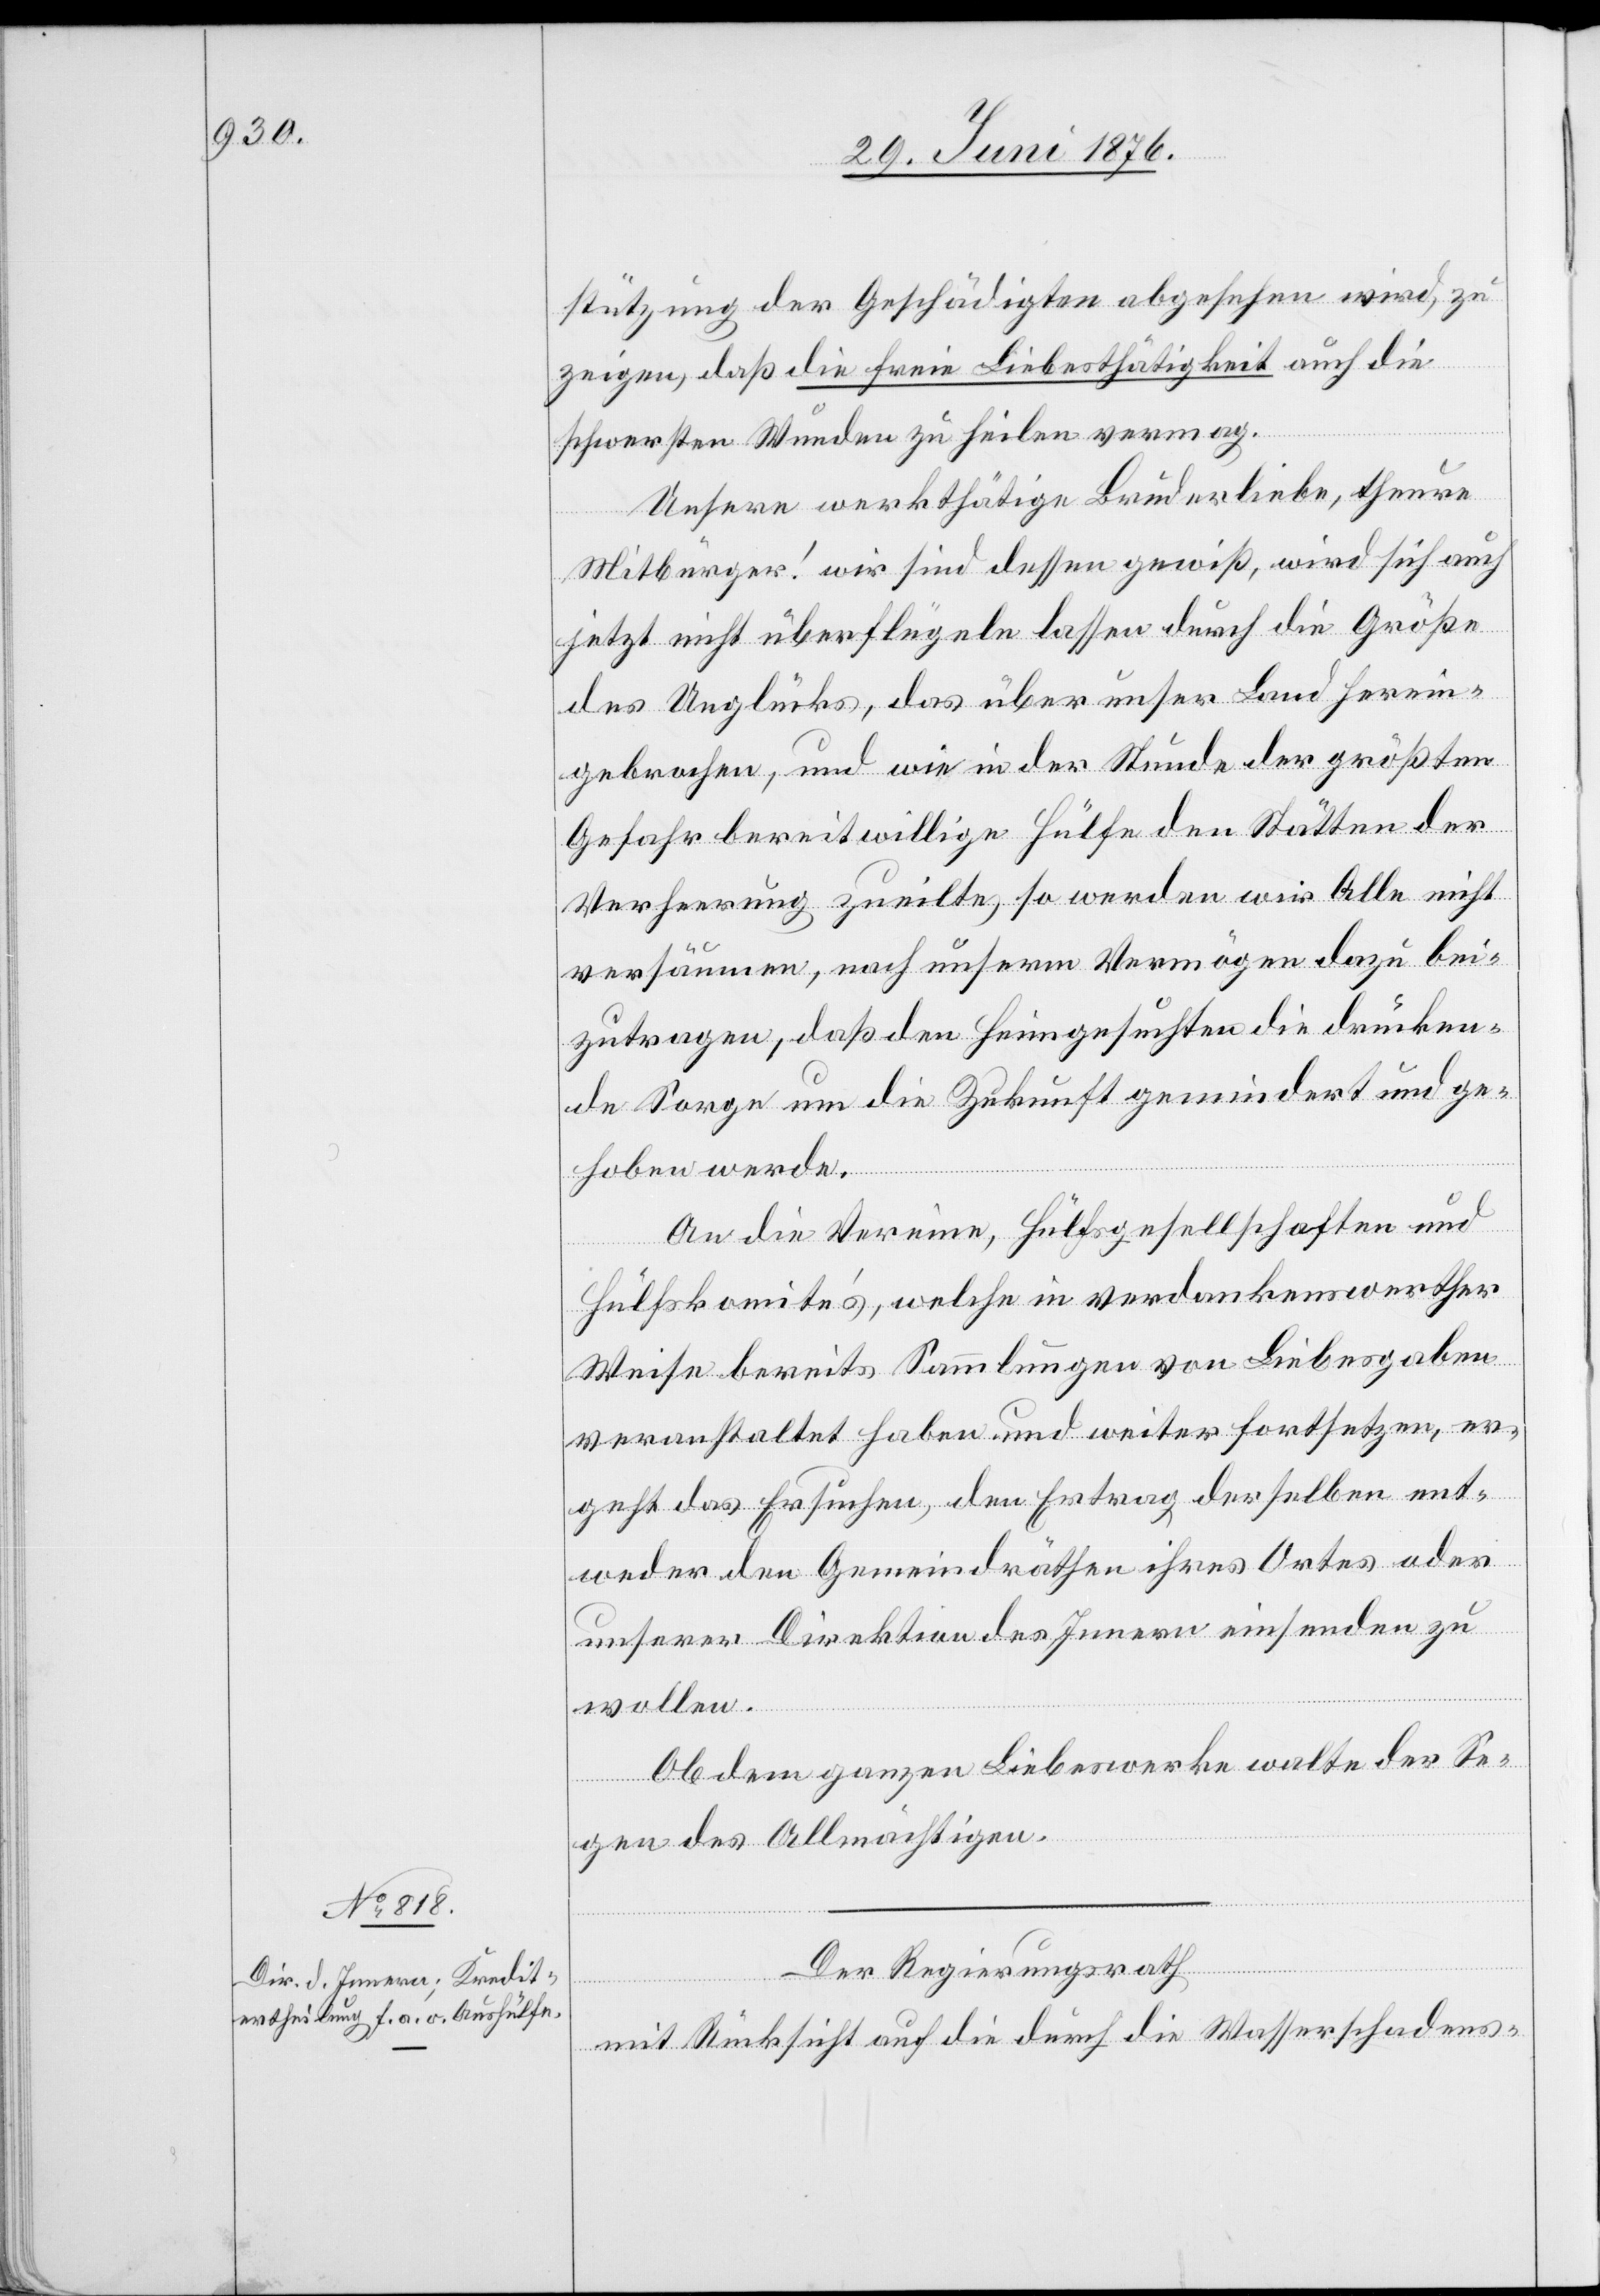
stützung der Geschädigten abgesehen wird, zu
zeigen, daß die freie Liebesthätigkeit auch die
schwersten Wunden zu heilen vermag.
Unsere werkthätige Bruderliebe, theure
Mitbürger! wir sind dessen gewiß, wird sich auch
jetzt nicht überflügeln lassen durch die Größe
des Unglücks, das über unser Land herein¬
gebrochen, und wie in der Stunde der größten
Gefahr bereitwillige Hülfe den Stätten der
Verheerung zueilte, so werden wir Alle nicht
versäumen, nach unserm Vermögen dazu bei¬
zutragen, das den Heimgesuchten die drücken¬
de Sorge um die Zukunft gemindert und ge¬
hoben werde.
An die Vereine, Hülfsgesellschaften und
Hülfskomite’s, welche in verdenkenswerther
Weise bereits Sammlungen von Liebesgaben
veranstaltet haben und weiter fortsetzen, er¬
geht das Ersuchen, den Ertrag derselben ent¬
weder den Gemeindräthen ihres Ortes oder
unserer Direktion des Innern einsenden zu
wollen.
Ob dem ganzen Liebeswerke walte der Se¬
gen des Allmächtigen.
Der Regierungsrath
mit Rücksicht auf die durch die Wasserschadens-